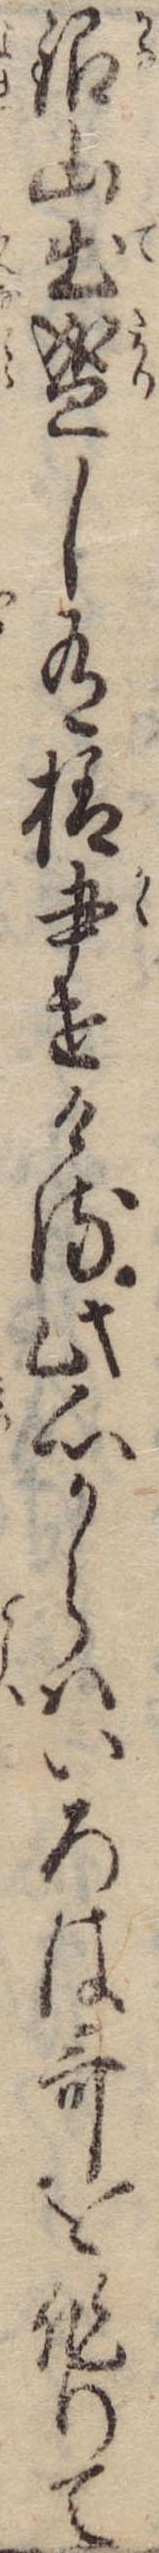
銀山出盛し有様書せける此心からはいろは歌を作りて